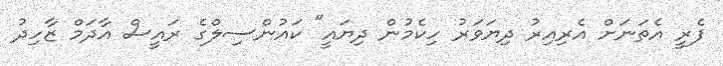
ފެރީ އެތަނަށް އެރިއިރު ދިޔަވަރު ހިކެމުން ދިޔައީ" ކައުންސިލްގެ ރައީސް އާދަމް ޒާހިދު